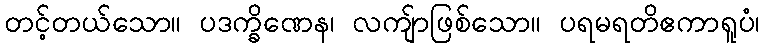
တင့်တယ်သော။ ပဒက္ခိဏေန၊ လကျ်ာဖြစ်သော။ ပရမရတိဧကာရူပံ၊